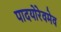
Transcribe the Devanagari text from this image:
पादयोरेवमेव